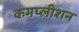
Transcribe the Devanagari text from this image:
कमप्लीशन